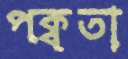
পক্বতা